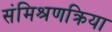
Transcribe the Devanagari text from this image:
संमिश्रणक्रिया